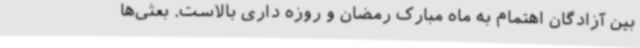
بین آزادگان اهتمام به ماه مبارک رمضان و روزه داری بالاست. بعثی‌ها